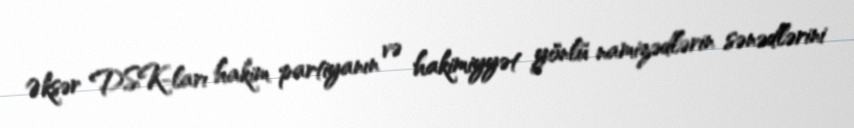
Əksər DSK-ları hakim partiyanın və hakimiyyət yönlü namizədlərin sənədlərini